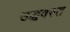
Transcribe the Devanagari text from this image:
उद्धवस्‍त